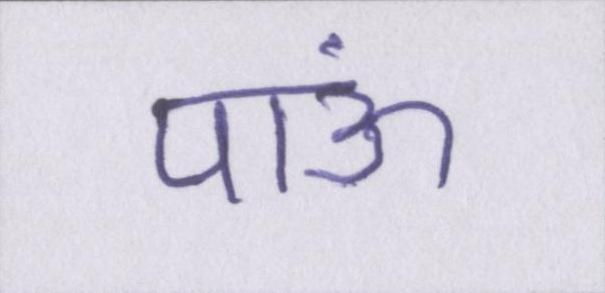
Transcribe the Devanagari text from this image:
पाऊं